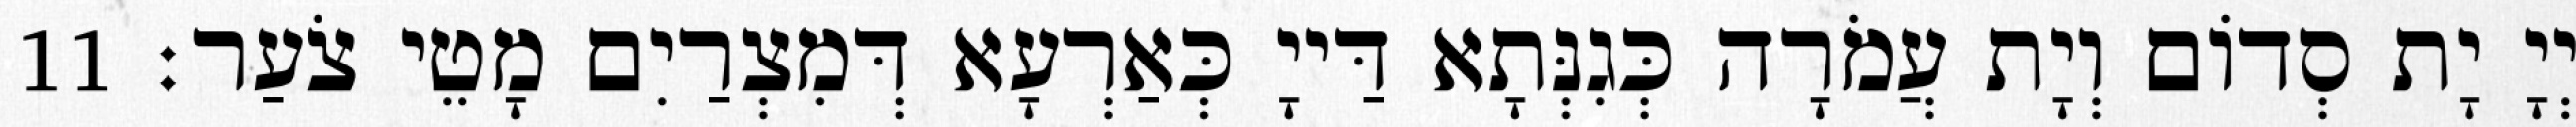
יְיָ יָת סְדוֹם וְיָת עֲמֹרָה כְּגִנְּתָא דַּייָ כְּאַרְעָא דְּמִצְרַיִם מָטֵי צֹעַר׃ 11